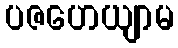
ပဇဟေယျာမ